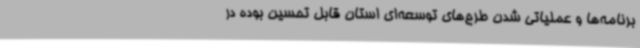
برنامه‌ها و عملیاتی شدن طرح‌های توسعه‌ای استان قابل تحسین بوده در